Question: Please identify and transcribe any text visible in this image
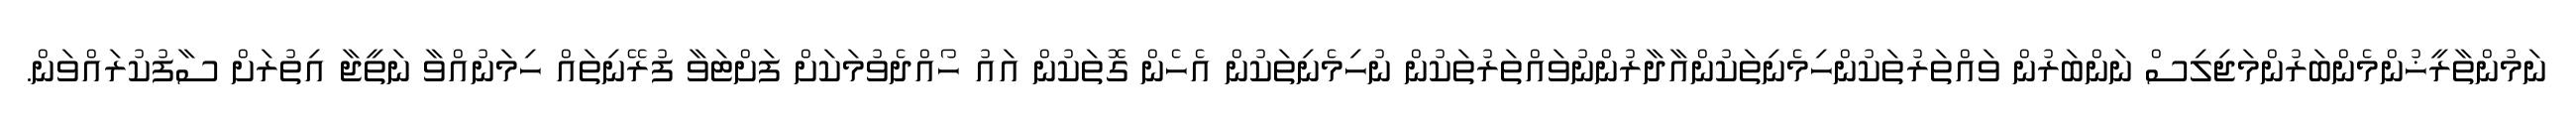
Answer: ނަމުންތާރީޚުންމެންބަރުންމަޖިލިސް ނަންބަރުން ވައްތަރުތަކުންހިމެނިތަކުންއާދާރުންނުވައްތަރުތަކުން ނުހިމެނިތަކުން އެހެން ގޮތަކުން އައު ހޯއްދެވުމަކަށް ފަށްޓަވާ ފުރޭނިތައް ހިމަނުއްވާ ނަތީޖާ އިތުރަށް ސާފުކުރައްވަން.